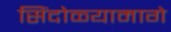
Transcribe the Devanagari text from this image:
सिंदोळ्यामागे